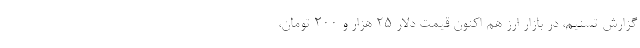
گزارش تسنیم،‌ در بازار ارز هم اکنون قیمت دلار 25 هزار و 200 تومان،